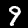
Digit: 9